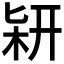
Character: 𠤡